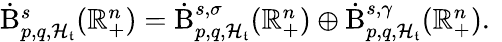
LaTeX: \begin{array}{r}{\dot{\mathrm{B}}_{p,q,\mathcal{H}_{\mathfrak{t}}}^{s}(\mathbb{R}_{+}^{n})=\dot{\mathrm{B}}_{p,q,\mathcal{H}_{\mathfrak{t}}}^{s,\sigma}(\mathbb{R}_{+}^{n})\oplus\dot{\mathrm{B}}_{p,q,\mathcal{H}_{\mathfrak{t}}}^{s,\gamma}(\mathbb{R}_{+}^{n})\mathrm{.~}}\end{array}